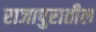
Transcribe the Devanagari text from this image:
राजापुरातील